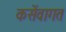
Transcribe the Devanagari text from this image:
कसेंवागत